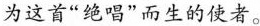
为这首“绝唱”而生的使者。